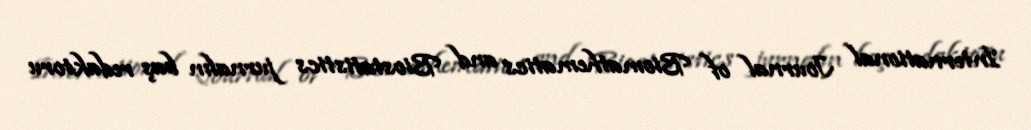
International Journal of Biomathematics and Biostatistics jurnalın baş redaktoru